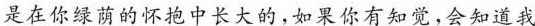
是在你绿荫的怀抱中长大的，如果你有知觉，会知道我